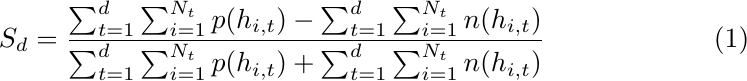
\begin{equation}
S_d = \frac{\sum_{t=1}^{d}\sum_{i=1}^{N_t} p(h_{i,t}) - \sum_{t=1}^{d}\sum_{i=1}^{N_t} n(h_{i,t})}{\sum_{t=1}^{d}\sum_{i=1}^{N_t} p(h_{i,t}) + \sum_{t=1}^{d}\sum_{i=1}^{N_t} n(h_{i,t})}
\end{equation}